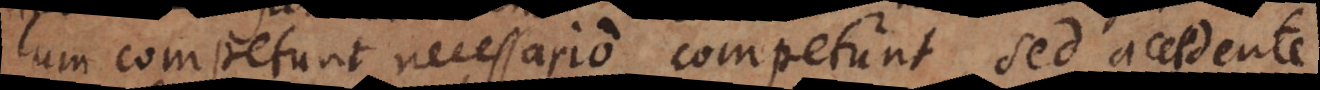
cum competunt necessario competunt, sed accedente